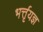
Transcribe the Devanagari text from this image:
भर्त्तृयज्ञ